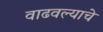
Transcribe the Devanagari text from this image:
वाढवल्याचे